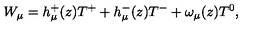
W _ { \mu } = h _ { \mu } ^ { + } ( z ) T ^ { + } + h _ { \mu } ^ { - } ( z ) T ^ { - } + \omega _ { \mu } ( z ) T ^ { 0 } ,